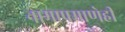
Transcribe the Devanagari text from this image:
नामाप्रमाणेही